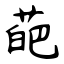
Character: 葩